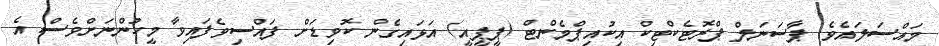
މައްސަލައެވެ. ޕާސަނަލް ޕްރޮޓެކްޓިކް އިކުއިޕްމެންޓް (ޕީޕީއީ) އަޅައިގެން ކޮވިޑަށް ފައްސިވެފައިވާ މީހުންނަށްވެސް އެ